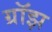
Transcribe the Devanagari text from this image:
ग्रॉझ